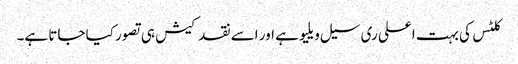
کلٹس کی بہت اعلی ری سیل ویلیو ہے اور اسے نقد کیش ہی تصور کیا جاتا ہے۔